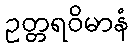
ဥတ္တရဝိမာနံ